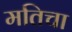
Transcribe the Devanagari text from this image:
मतिचा